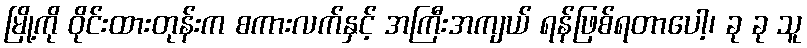
မြို့ကို ဝိုင်းထားတုန်းက စကားလက်နှင့် အကြီးအကျယ် ရန်ဖြစ်ရတာပေါ့၊ ခု ခု သူ